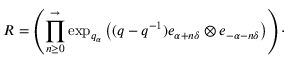
R = \left( \prod _ { n \geq 0 } ^ { \rightarrow } \exp _ { q _ { \alpha } } \left( ( q - q ^ { - 1 } ) e _ { \alpha + n \delta } \otimes e _ { - \alpha - n \delta } \right) \right) \cdot